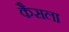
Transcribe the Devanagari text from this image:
कैसला